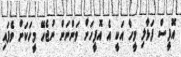
އޮފީސް ފަޅާލި މީހާ އަކީ އެ އޮފީހަށް ވަންނަން ނުޖެހޭ މީހަކަށް ވެފައި